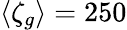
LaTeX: \langle\zeta_{g}\rangle=250